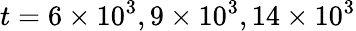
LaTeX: t=6\times 10^{3},9\times 10^{3},14\times 10^{3}